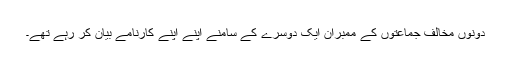
دونوں مخالف جماعتوں کے ممبران ایک دوسرے کے سامنے اپنے اپنے کارنامے بیان کر رہے تھے۔